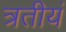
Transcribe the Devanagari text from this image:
त्रतीयं